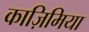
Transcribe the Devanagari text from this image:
काज़िमिया